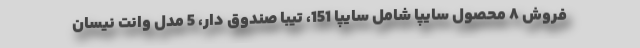
فروش ۸ محصول سایپا شامل سايپا 151، تيبا صندوق دار، 5 مدل وانت نیسان